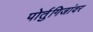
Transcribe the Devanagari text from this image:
पोर्तुगिजांवर